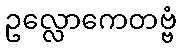
ဥလ္လောကေတဗ္ဗံ